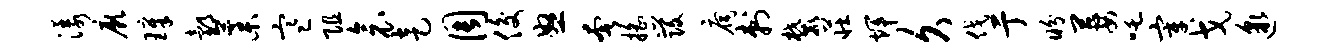
漾厥璋邰藁寒阻衾走周俊怒奢摇发扃刺麓庄辉久伐亍盼萋吒宰戈邈